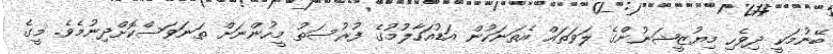
ބޭނުމަކީ ދިވެހި މިޔުޒީޝަނުންގެ ލަވަތައް އެތަނަކުން އަޑުއަހާލުމުގެ ފުރުސަތު މީހުންނަށް ތަނަވަސްކޮށްދިނުމެވެ. މީގެ